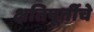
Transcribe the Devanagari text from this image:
क्षतिपूर्तीचे